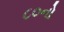
૮૦નો